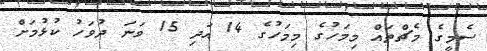
ސެމީގެ މެޗްތައް މިމަހުގެ މިމަހުގެ 14 އަދި 15 ވަނަ ދުވަހު ކުޅުމަށް